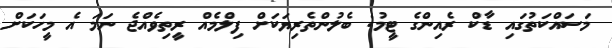
މަސައްކަތުގައި ޑާކް ރެއިންގެ ޓީމު: ބެލުންތެރިޔަކަށް ފިލްމެއް ރީތިވެއްޖެ ނަމަ އެ މީހަކަށް